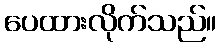
ပေထားလိုက်သည်။